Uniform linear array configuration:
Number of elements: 12
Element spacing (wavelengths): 0.25
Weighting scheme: hann
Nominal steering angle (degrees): -60
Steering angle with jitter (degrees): -60.227
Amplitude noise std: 0.05
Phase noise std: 0.05

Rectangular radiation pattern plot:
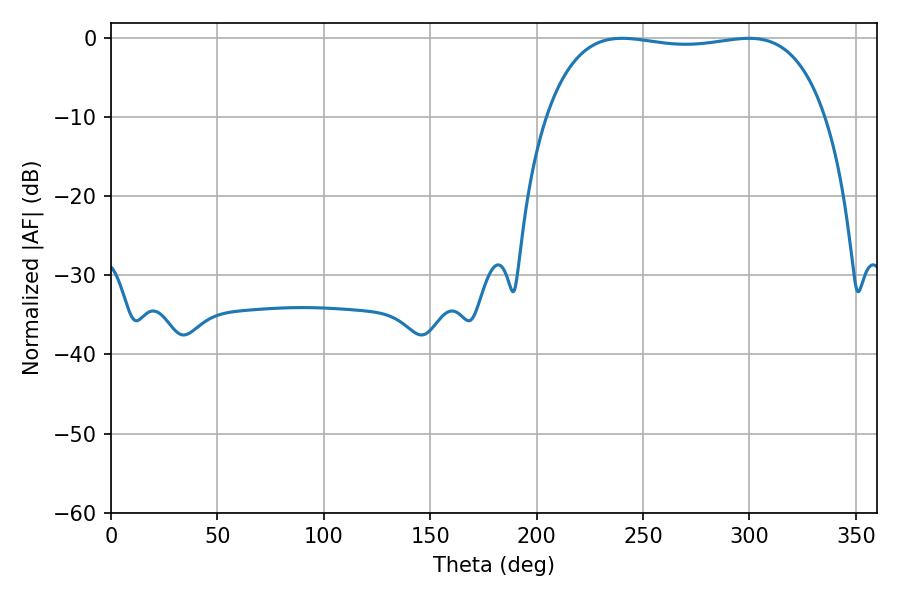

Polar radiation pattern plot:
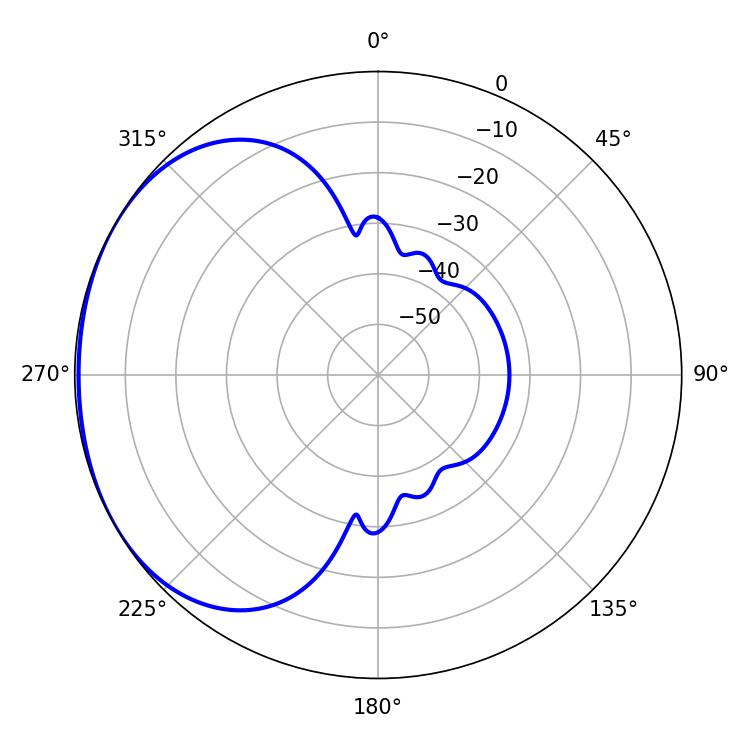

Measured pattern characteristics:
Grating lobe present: FALSE
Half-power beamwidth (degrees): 105.12
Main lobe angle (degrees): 240.12